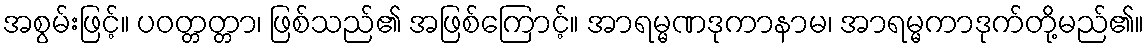
အစွမ်းဖြင့်။ ပဝတ္တတ္တာ၊ ဖြစ်သည်၏ အဖြစ်ကြောင့်။ အာရမ္မဏဒုကာနာမ၊ အာရမ္မကာဒုက်တို့မည်၏။